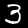
Label: 3